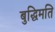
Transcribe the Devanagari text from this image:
बुद्धिमति